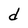
Character: d